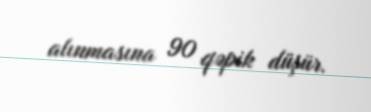
alınmasına 90 qəpik düşür.